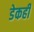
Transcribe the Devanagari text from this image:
डेकही